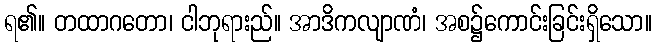
ရ၏။ တထာဂတော၊ ငါဘုရားည်။ အာဒိကလျာဏံ၊ အစ၌ကောင်းခြင်းရှိသော။